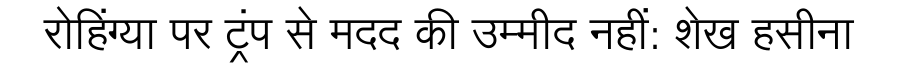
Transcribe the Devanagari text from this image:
रोहिंग्या पर ट्रंप से मदद की उम्मीद नहीं: शेख हसीना